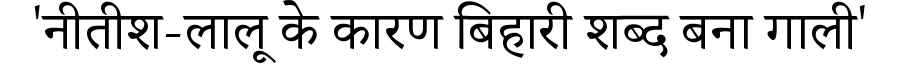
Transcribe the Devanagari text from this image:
'नीतीश-लालू के कारण बिहारी शब्द बना गाली'